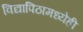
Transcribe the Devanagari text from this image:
विद्यापिठामध्येही